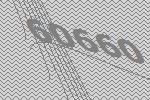
60660